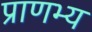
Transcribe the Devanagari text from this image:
प्राणभ्य